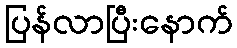
ပြန်လာပြီးနောက်